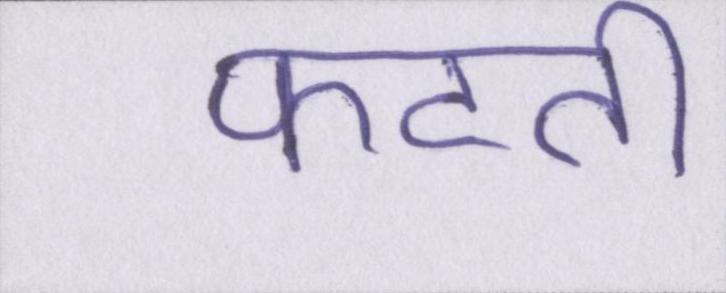
फटती